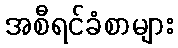
အစီရင်ခံစာများ